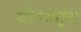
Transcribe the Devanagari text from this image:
जीवजंतूंना